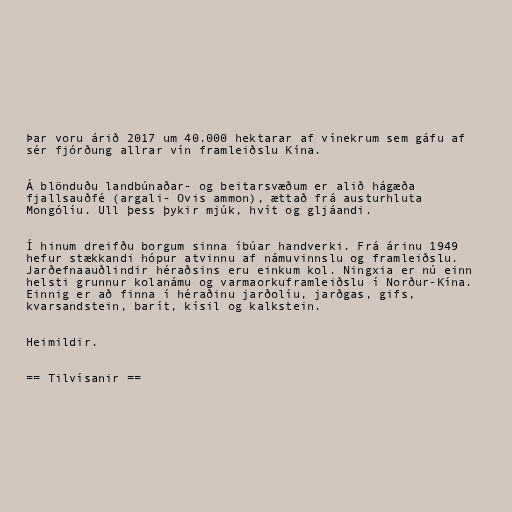
Þar voru árið 2017 um 40.000 hektarar af vínekrum sem gáfu af
sér fjórðung allrar vín framleiðslu Kína.

Á blönduðu landbúnaðar- og beitarsvæðum er alið hágæða
fjallsauðfé (argali- Ovis ammon), ættað frá austurhluta
Mongólíu. Ull þess þykir mjúk, hvít og gljáandi.

Í hinum dreifðu borgum sinna íbúar handverki. Frá árinu 1949
hefur stækkandi hópur atvinnu af námuvinnslu og framleiðslu.
Jarðefnaauðlindir héraðsins eru einkum kol. Ningxia er nú einn
helsti grunnur kolanámu og varmaorkuframleiðslu í Norður-Kína.
Einnig er að finna í héraðinu jarðolíu, jarðgas, gifs,
kvarsandstein, barít, kísil og kalkstein.

Heimildir.

== Tilvísanir ==